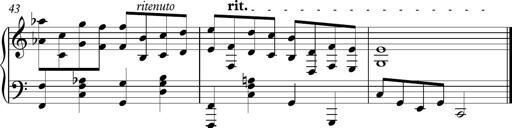
Title: Piano Sonatina in C
Composer: Daniel LÃ©o Simpson
Key: C major